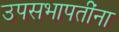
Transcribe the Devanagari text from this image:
उपसभापतींना